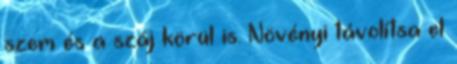
szem és a száj körül is. Növényi távolítsa el